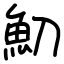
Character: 魛